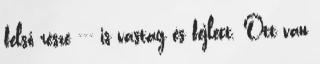
felső része --- is vastag és fejlett. Ott van